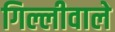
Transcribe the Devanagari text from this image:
गिल्लीवाले